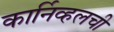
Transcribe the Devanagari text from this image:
कार्निव्हलची